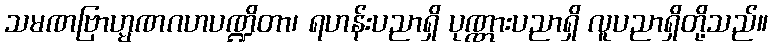
သမဏဗြာဟ္မဏဂဟပဏ္ဍိတာ၊ ရဟန်းပညာရှိ ပုဏ္ဏားပညာရှိ လူပညာရှိတို့သည်။